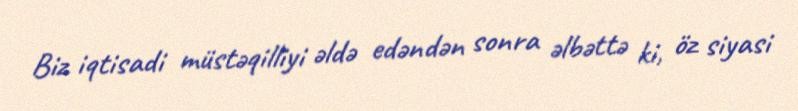
Biz iqtisadi müstəqilliyi əldə edəndən sonra əlbəttə ki, öz siyasi